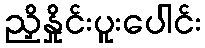
ညှိနှိုင်းပူးပေါင်း